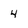
Character: 4